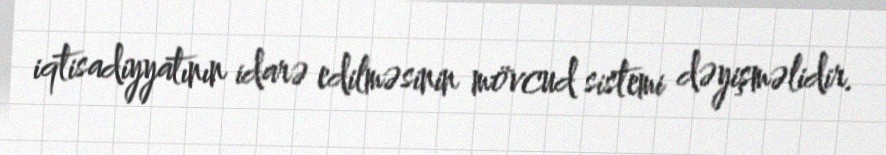
iqtisadiyyatının idarə edilməsinin mövcud sistemi dəyişməlidir.